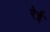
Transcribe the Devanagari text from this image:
रेई